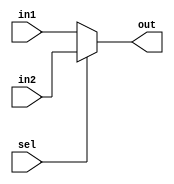
`timescale 1ns / 1ps
//////////////////////////////////////////////////////////////////////////////////
// Company: 
// Engineer: 
// 
// Design Name: 
// Module Name: mux
// Project Name: 
// Target Devices: 
// Tool Versions: 
// Description: 
// 
// Dependencies: 
// 
// Revision:
// Revision 0.01 - File Created
// Additional Comments:
// 
//////////////////////////////////////////////////////////////////////////////////


module mux( out, in1, in2, sel);

    input [31:0]in1,in2;
    input sel;
    output reg [31:0]out;
    always @(in1, in2, sel)
    begin
    if(sel == 0)
        out =in1;
    else
        out = in2;
    end
    
endmodule